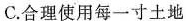
C.合理使用每一寸土地